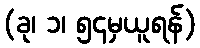
(ခု၊ ၁၊ ၅၄မှယူရန်)